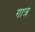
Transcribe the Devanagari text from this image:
गात्र